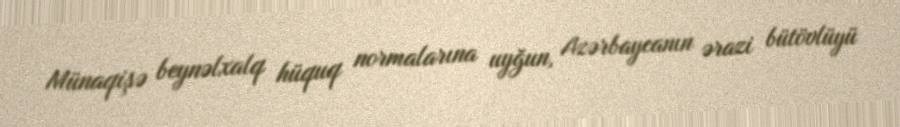
Münaqişə beynəlxalq hüquq normalarına uyğun, Azərbaycanın ərazi bütövlüyü